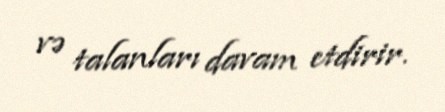
və talanları davam etdirir.